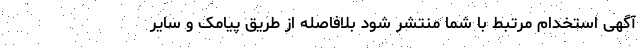
آگهی استخدام مرتبط با شما منتشر شود بلافاصله از طریق پیامک و سایر